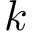
k